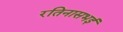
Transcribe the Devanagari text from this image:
रतिनासभई